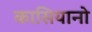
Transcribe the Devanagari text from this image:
कासियानो